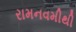
રામનવમીથી